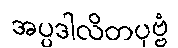
အပ္ပဒါလိတပုဗ္ဗံ